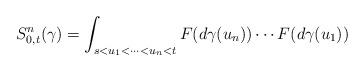
LaTeX: \begin{align*}S^{n}_{0,t}(\gamma) = \int_{s < u_{1} < \cdots < u_{n} < t} F(d\gamma(u_{n})) \cdots F(d\gamma(u_{1}))\end{align*}